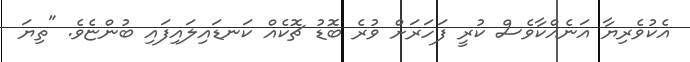
އެކުވެރިޔާ އަނެއްކާވެސް ކުރީ ފަހަރަށް ވުރެ ބޮޑު ޗޮކެއް ކަނޑައިލައިފައި ބުންޏެވެ. "ތިޔަ